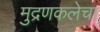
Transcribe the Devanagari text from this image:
मुद्रणकलेचा